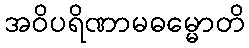
အဝိပရိဏာမဓမ္မောတိ